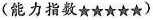
(能力指数★★★★★)